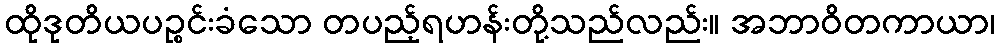
ထိုဒုတိယပဉ္စင်းခံသော တပည့်ရဟန်းတို့သည်လည်း။ အဘာဝိတကာယာ၊